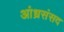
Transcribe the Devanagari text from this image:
आंध्रसंसद